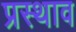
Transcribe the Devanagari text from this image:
प्रस्थाव